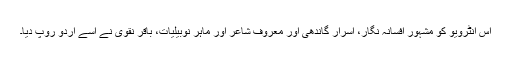
اِس انٹرویو کو مشہور افسانہ نگار، اسرار گاندھی اور معروف شاعر اور ماہر نوبیلیات، باقر نقوی نے اِسے اردو روپ دیا۔